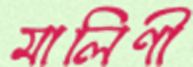
মালিণী